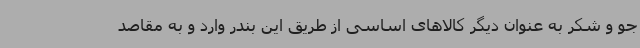
جو و شکر به عنوان دیگر کالاهای اساسی از طریق این بندر وارد و به مقاصد